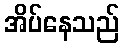
အိပ်နေသည်